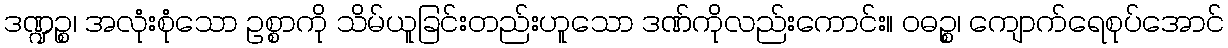
ဒဏ္ဍဉ္စ၊ အလုံးစုံသော ဥစ္စာကို သိမ်ယူခြင်းတည်းဟူသော ဒဏ်ကိုလည်းကောင်း။ ဝဓဉ္စ၊ ကျောက်ရေစုပ်အောင်